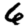
Digit: 6